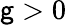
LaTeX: \mathsf{g}>0